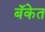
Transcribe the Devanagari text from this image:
बॅकेत